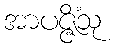
အာပဇ္ဇိံသု